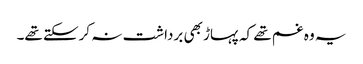
یہ وہ غم تھے کہ پہاڑ بھی برداشت نہ کرسکتے تھے۔